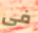
فى